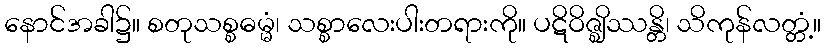
နောင်အခါ၌။ စတုသစ္စဓမ္မံ၊ သစ္စာလေးပါးတရားကို။ ပဋိဝိဇ္ဈိဿန္တိ၊ သိကုန်လတ္တံ့။